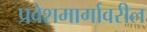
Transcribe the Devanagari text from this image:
प्रवेशमार्गावरील